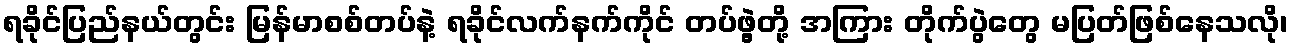
ရခိုင်ပြည်နယ်တွင်း မြန်မာစစ်တပ်နဲ့ ရခိုင်လက်နက်ကိုင် တပ်ဖွဲ့တို့ အကြား တိုက်ပွဲတွေ မပြတ်ဖြစ်နေသလို၊